Quinine and its salts - Number 41
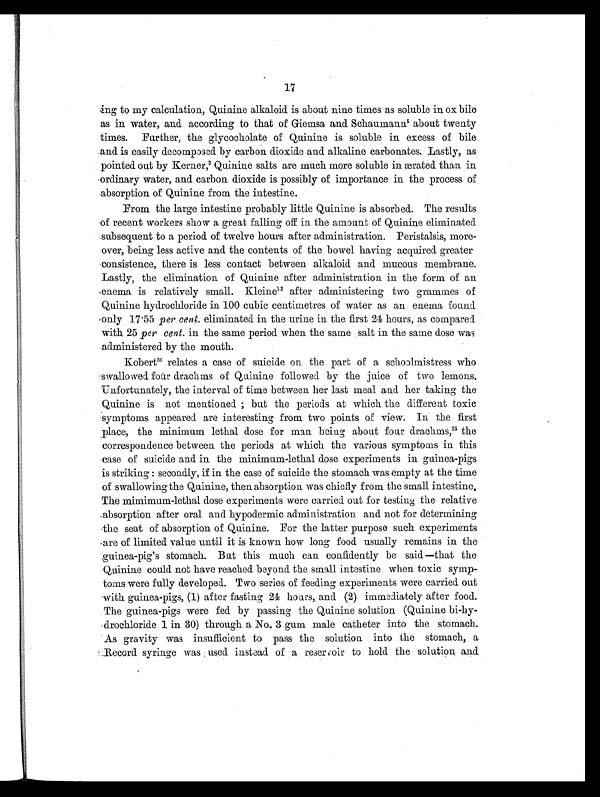
17
ing to my calculation, Quinine alkaloid is about nine times as soluble in ox bile
as in water, and according to that of Giemsa and Schaumann5 about twenty
times. Further, the glycocholate of Quinine is soluble in excess of bile
and is easily decomposed by carbon dioxide and alkaline carbonates. Lastly, as
pointed out by Kerner, 2 Q u i n i n e s a l t s a r e m u c h m o r e s o l u b l e i n æ r a t e d t h a n i n
ordinary water, and carbon dioxide is possibly of importance in the process of
absorption of Quinine from the intestine.
From the large intestine probably little Quinine is absorbed. The results
of recent workers show a great falling off in the amount of Quinine eliminated
subsequent to a period of twelve hours after administration. Peristalsis, more-
over, being less active and the contents of the bowel having acquired greater
consistence, there is less contact between alkaloid and mucous membrane.
Lastly, the elimination of Quinine after administration in the form of an
enema is relatively small. Kleine 12 after administering two grammes of
Quinine hydrochloride in 100 cubic centimetres of water as an enema found
only 17.55 per cent. eliminated in the urine in the first 24 hours, as compared
with 25 per cent. in the same period when the same salt in the same dose was
administered by the mouth.
Kobert2 5
r e l a t e s a c a s e o f s u i c i d e o n t h e p a r t o f a s c h o o l m i s t r e s s w h o
swallowed four drachms of Quinine followed by the juice of two lemons.
Unfortunately, the interval of time between her last meal and her taking the
Quinine is not mentioned; but the periods at which the different toxic
symptoms appeared are interesting from two points of view. In the first
place, the minimum lethal dose for man being about four drachms, 25 the
correspondence between the periods at which the various symptoms in this
case of suicide and in the minimum-lethal dose experiments in guinea-pigs
is striking: secondly, if in the case of suicide the stomach was empty at the time
of swallowing the Quinine, then absorption was chiefly from the small intestines.
The mimimum-lethal dose experiments were carried out for testing the relative
absorption after oral and hypodermic administration and not for determining
the seat of absorption of Quinine. For the latter purpose such experiments
are of limited value until it is known how long food usually remains in the
guinea-pig's stomach. But this much can confidently be said—that the
Quinine could not have reached beyond the small intestine when toxic symp-
toms were fully developed. Two series of feeding experiments were carried out
with guinea-pigs, (1) after fasting 24 hours, and (2) immediately after food.
The guinea-pigs were fed by passing the Quinine solution (Quinine bi-hy-
drochloride 1 in 30) through a No. 3 gum male catheter into the stomach.
As gravity was insufficient to pass the solution into the stomach, a
Record syringe was used instead of a reservoir to hold the solution and